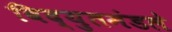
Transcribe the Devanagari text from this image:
विद्युतमंडले